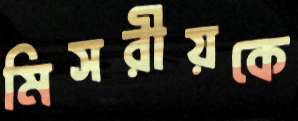
মিসরীয়কে